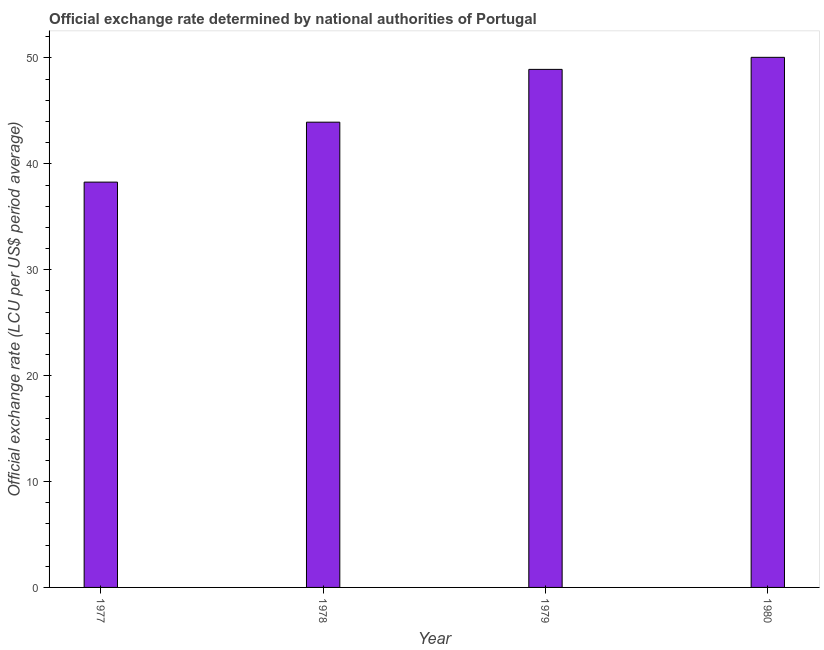
| Year | Official exchange rate |
 | --- | --- |
 | 1977 | 38.3 |
 | 1978 | 43.9 |
 | 1979 | 48.9 |
 | 1980 | 50.1 |